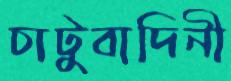
চাটুবাদিনী